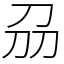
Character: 刕